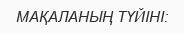
МАҚАЛАНЫҢ ТҮЙІНІ: